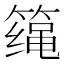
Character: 𱸤